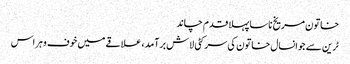
خاتون مریخ ناسا پہلا قدم چاند
ٹرین سے جوانسال خاتون کی سر کٹی لاش برآمد، علاقے میں خوف و ہراس